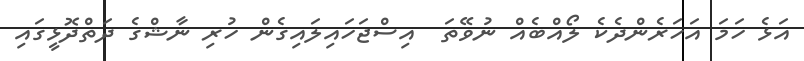
އަޅެ ހަމަ އަހަރެންދެކެ ލޯއްބެއް ނުވޭތަ  އިސްޖަހައިލައިގެން ހުރި ނާޝްގެ ދަތްދޮޅީގައި